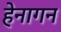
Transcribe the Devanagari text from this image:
हेनागन